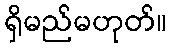
ရှိမည်မဟုတ်။